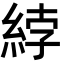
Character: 綍